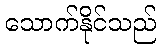
သောက်နိုင်သည်